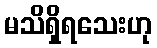
မသိရှိရသေးဟု